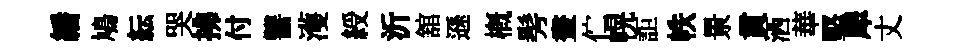
繙鳩紜哭拂付讐濩綬沂舘遜槪髣晝伫幌詎帙㬌貫洒華堅犀丈